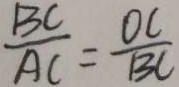
\frac { B C } { A C } = \frac { O C } { B C }